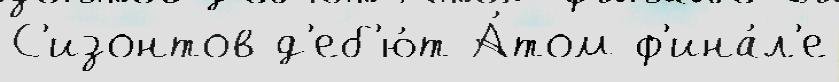
С'изонтов д'еб'ю́т А́том ф'ина́л'е